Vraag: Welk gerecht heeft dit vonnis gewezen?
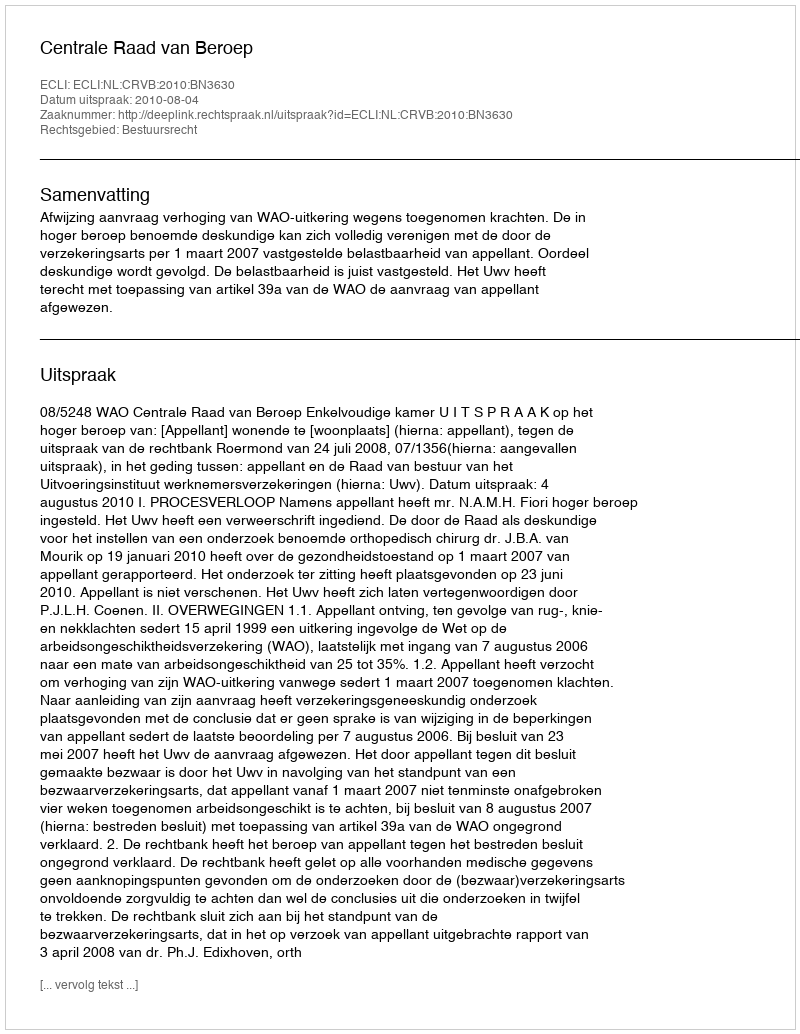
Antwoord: Centrale Raad van Beroep